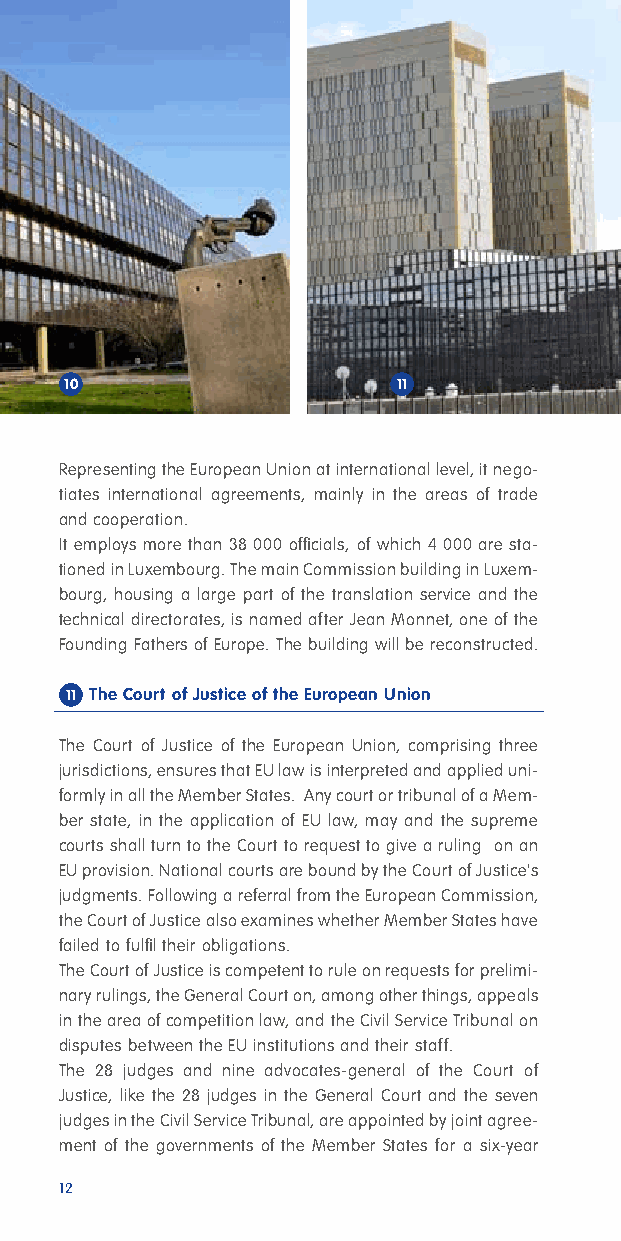
10                    11
 Representing the European Union at international level, it nego-
 tiates international agreements, mainly in the areas of trade
 and cooperation.
 It employs more than 38 000 officials, of which 4 000 are sta-
 tioned in Luxembourg. The main Commission building in Luxem-
 bourg, housing a large part of the translation service and the
 technical directorates, is named after Jean Monnet, one of the
 Founding Fathers of Europe. The building will be reconstructed.
 11 The Court of Justice of the European Union
 The Court of Justice of the European Union, comprising three
 jurisdictions, ensures that EU law is interpreted and applied uni-
 formly in all the Member States. Any court or tribunal of a Mem-
 ber state, in the application of EU law, may and the supreme
 courts shall turn to the Court to request to give a ruling on an
 EU provision. National courts are bound by the Court of Justice's
 judgments. Following a referral from the European Commission,
 the Court of Justice also examines whether Member States have
 failed to fulfil their obligations.
 The Court of Justice is competent to rule on requests for prelimi-
 nary rulings, the General Court on, among other things, appeals
 in the area of competition law, and the Civil Service Tribunal on
 disputes between the EU institutions and their staff.
 The 28 judges and nine advocates-general of the Court of
 Justice, like the 28 judges in the General Court and the seven
 judges in the Civil Service Tribunal, are appointed by joint agree-
 ment of the governments of the Member States for a six-year
 12